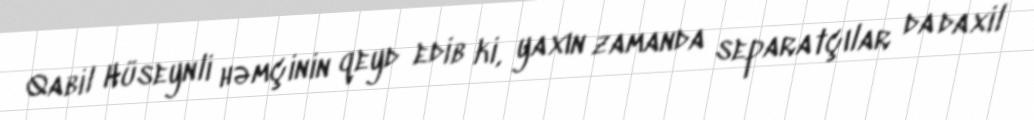
Qabil Hüseynli həmçinin qeyd edib ki, yaxın zamanda separatçılar da daxil